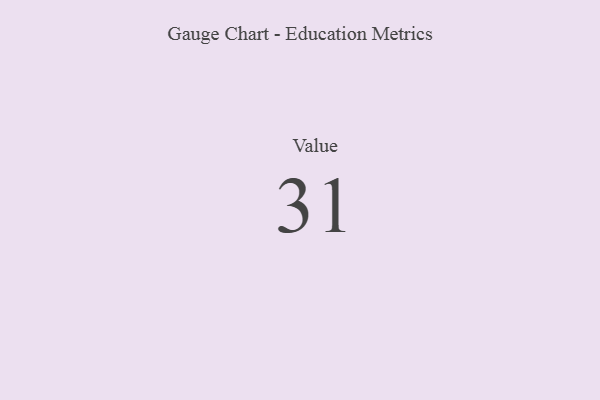
{"axis": {"x": "Metric", "y": "Value"}, "legend": [""], "data": [{"x": "Value", "y": 31, "type": ""}]}